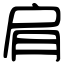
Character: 肩